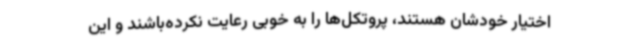
اختیار خودشان هستند، پروتکل‌ها را به خوبی رعایت نکرده‌باشند و این